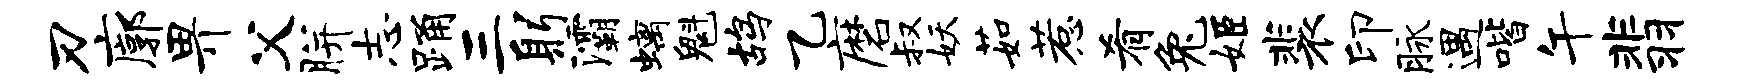
刃廓畀父胼志踊三躬灞螭魁鸪乙磨叔妖茹惹肴兔姬裴印脉遇喈午翡